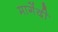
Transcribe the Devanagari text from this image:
मागेंदी